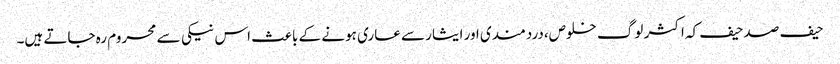
حیف صد حیف کہ اکثر لوگ خلوص،دردمندی اور ایثار سے عاری ہونے کے باعث اس نیکی سے محروم رہ جاتے ہیں۔